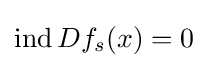
\operatorname {ind} Df_{s}(x)=0